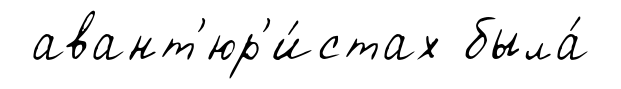
авант'юр'и́стах была́